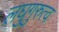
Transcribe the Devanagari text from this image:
लघुगुरुत्व